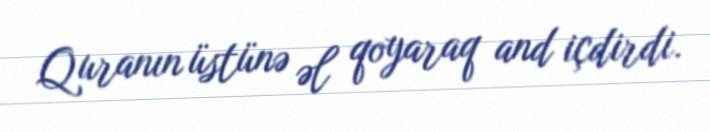
Quranın üstünə əl qoyaraq and içdirdi.